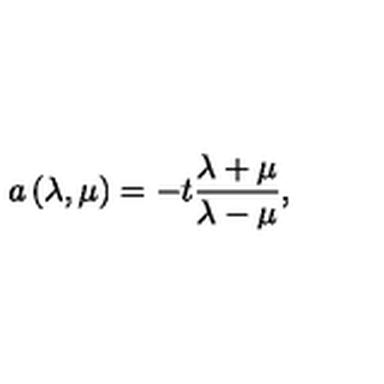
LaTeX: a \left( \lambda , \mu \right) = - t \frac { \lambda + \mu } { \lambda - \mu } ,